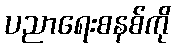
ပညာရေးစနစ်ကို